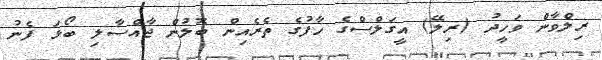
ރިލްވާން ވަހީދު (ރިލޭ) އީގަލްސްގެ ހާފުގެ ތެރެއިން ބޮލުން ޖާއްސާލި ބޯޅަ ފެނު